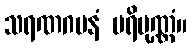
သရဏဂမနံ ပရိပုဏ္ဏံ။